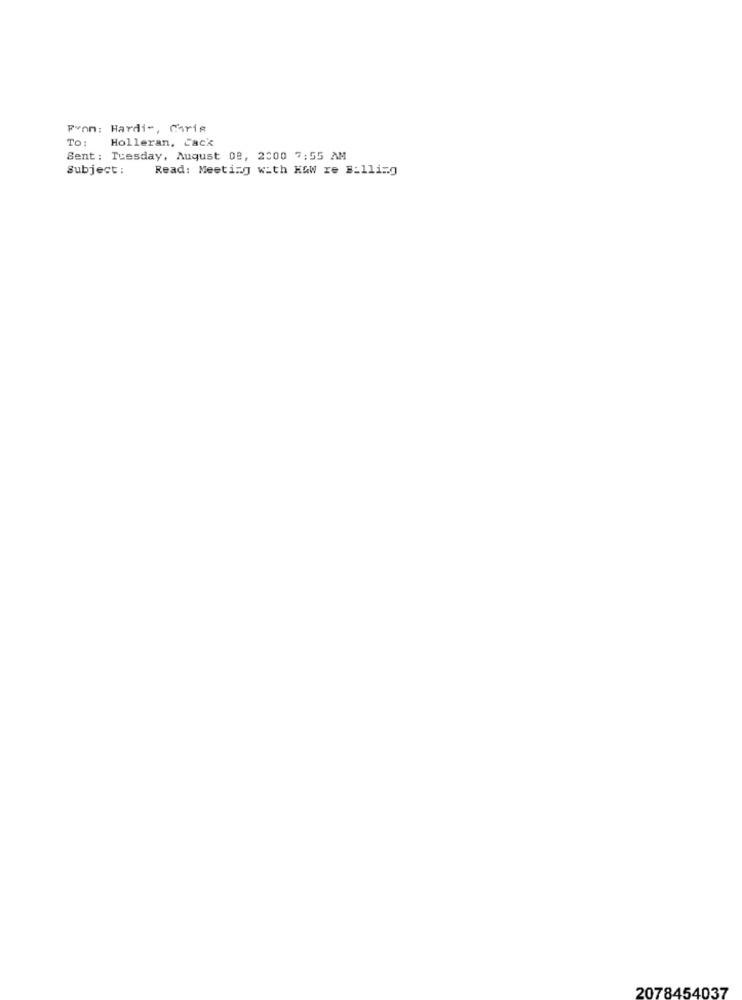
From: Hardis, Carie
TO :
Holleran, Cack
Sent: Tuesday, August 08, 2000 7:55 AM
Subject :
Read: Meeting with HOW re Billing
2078454037